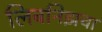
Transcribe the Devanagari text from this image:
लिबनिझचा